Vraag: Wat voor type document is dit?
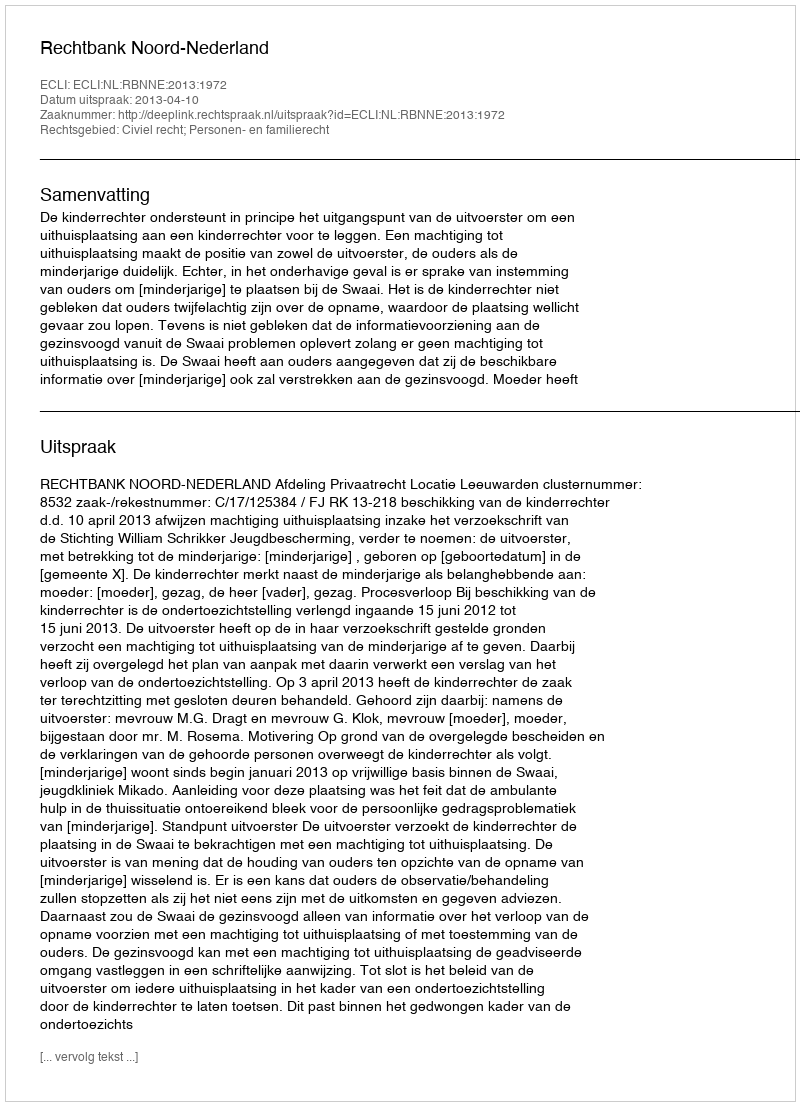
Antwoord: Uitspraak